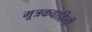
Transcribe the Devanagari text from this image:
मूत्रकवाहिनी